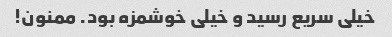
خیلی سریع رسید و خیلی خوشمزه بود. ممنون!